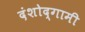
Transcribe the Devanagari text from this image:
दंशोद्गामी